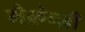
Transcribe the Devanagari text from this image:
मैक़ेन्ज़ी